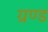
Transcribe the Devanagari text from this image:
ग्रण्ड